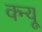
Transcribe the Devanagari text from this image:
क्न्यू